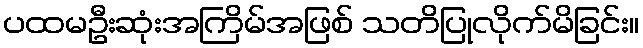
ပထမဦးဆုံးအကြိမ်အဖြစ် သတိပြုလိုက်မိခြင်း။